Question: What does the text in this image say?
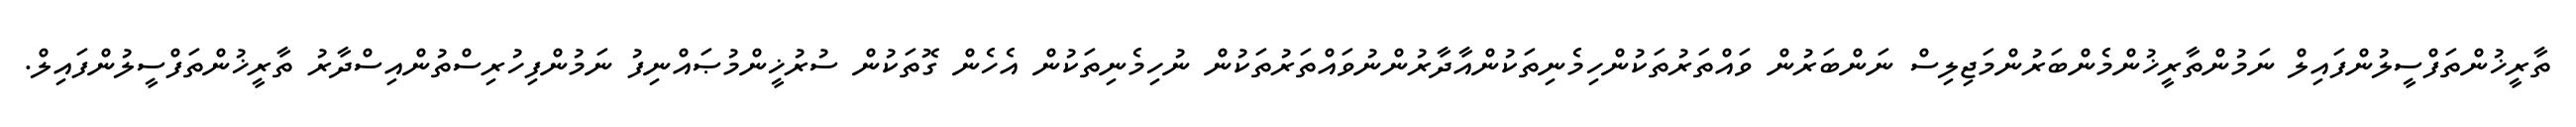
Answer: ތާރީޚުންތަފްސީލުންފައިލް ނަމުންތާރީޚުންމެންބަރުންމަޖިލިސް ނަންބަރުން ވައްތަރުތަކުންހިމެނިތަކުންއާދާރުންނުވައްތަރުތަކުން ނުހިމެނިތަކުން އެހެން ގޮތަކުން ސުރުޚީންމުޞައްނިފު ނަމުންފިހުރިސްތުންއިސްދާރު ތާރީޚުންތަފްސީލުންފައިލް.